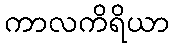
ကာလကိရိယာ